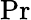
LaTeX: \operatorname*{Pr}